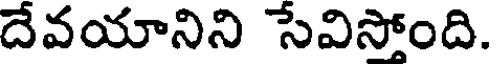
దేవయానిని సేవిస్తోంది.